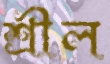
শ্রীল